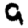
Digit: 9